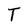
Character: T